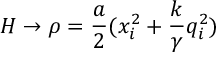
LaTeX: H \rightarrow \rho = \frac { a } { 2 } ( x _ { i } ^ { 2 } + \frac { k } { \gamma } q _ { i } ^ { 2 } )